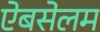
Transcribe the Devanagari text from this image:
ऐबसेलम